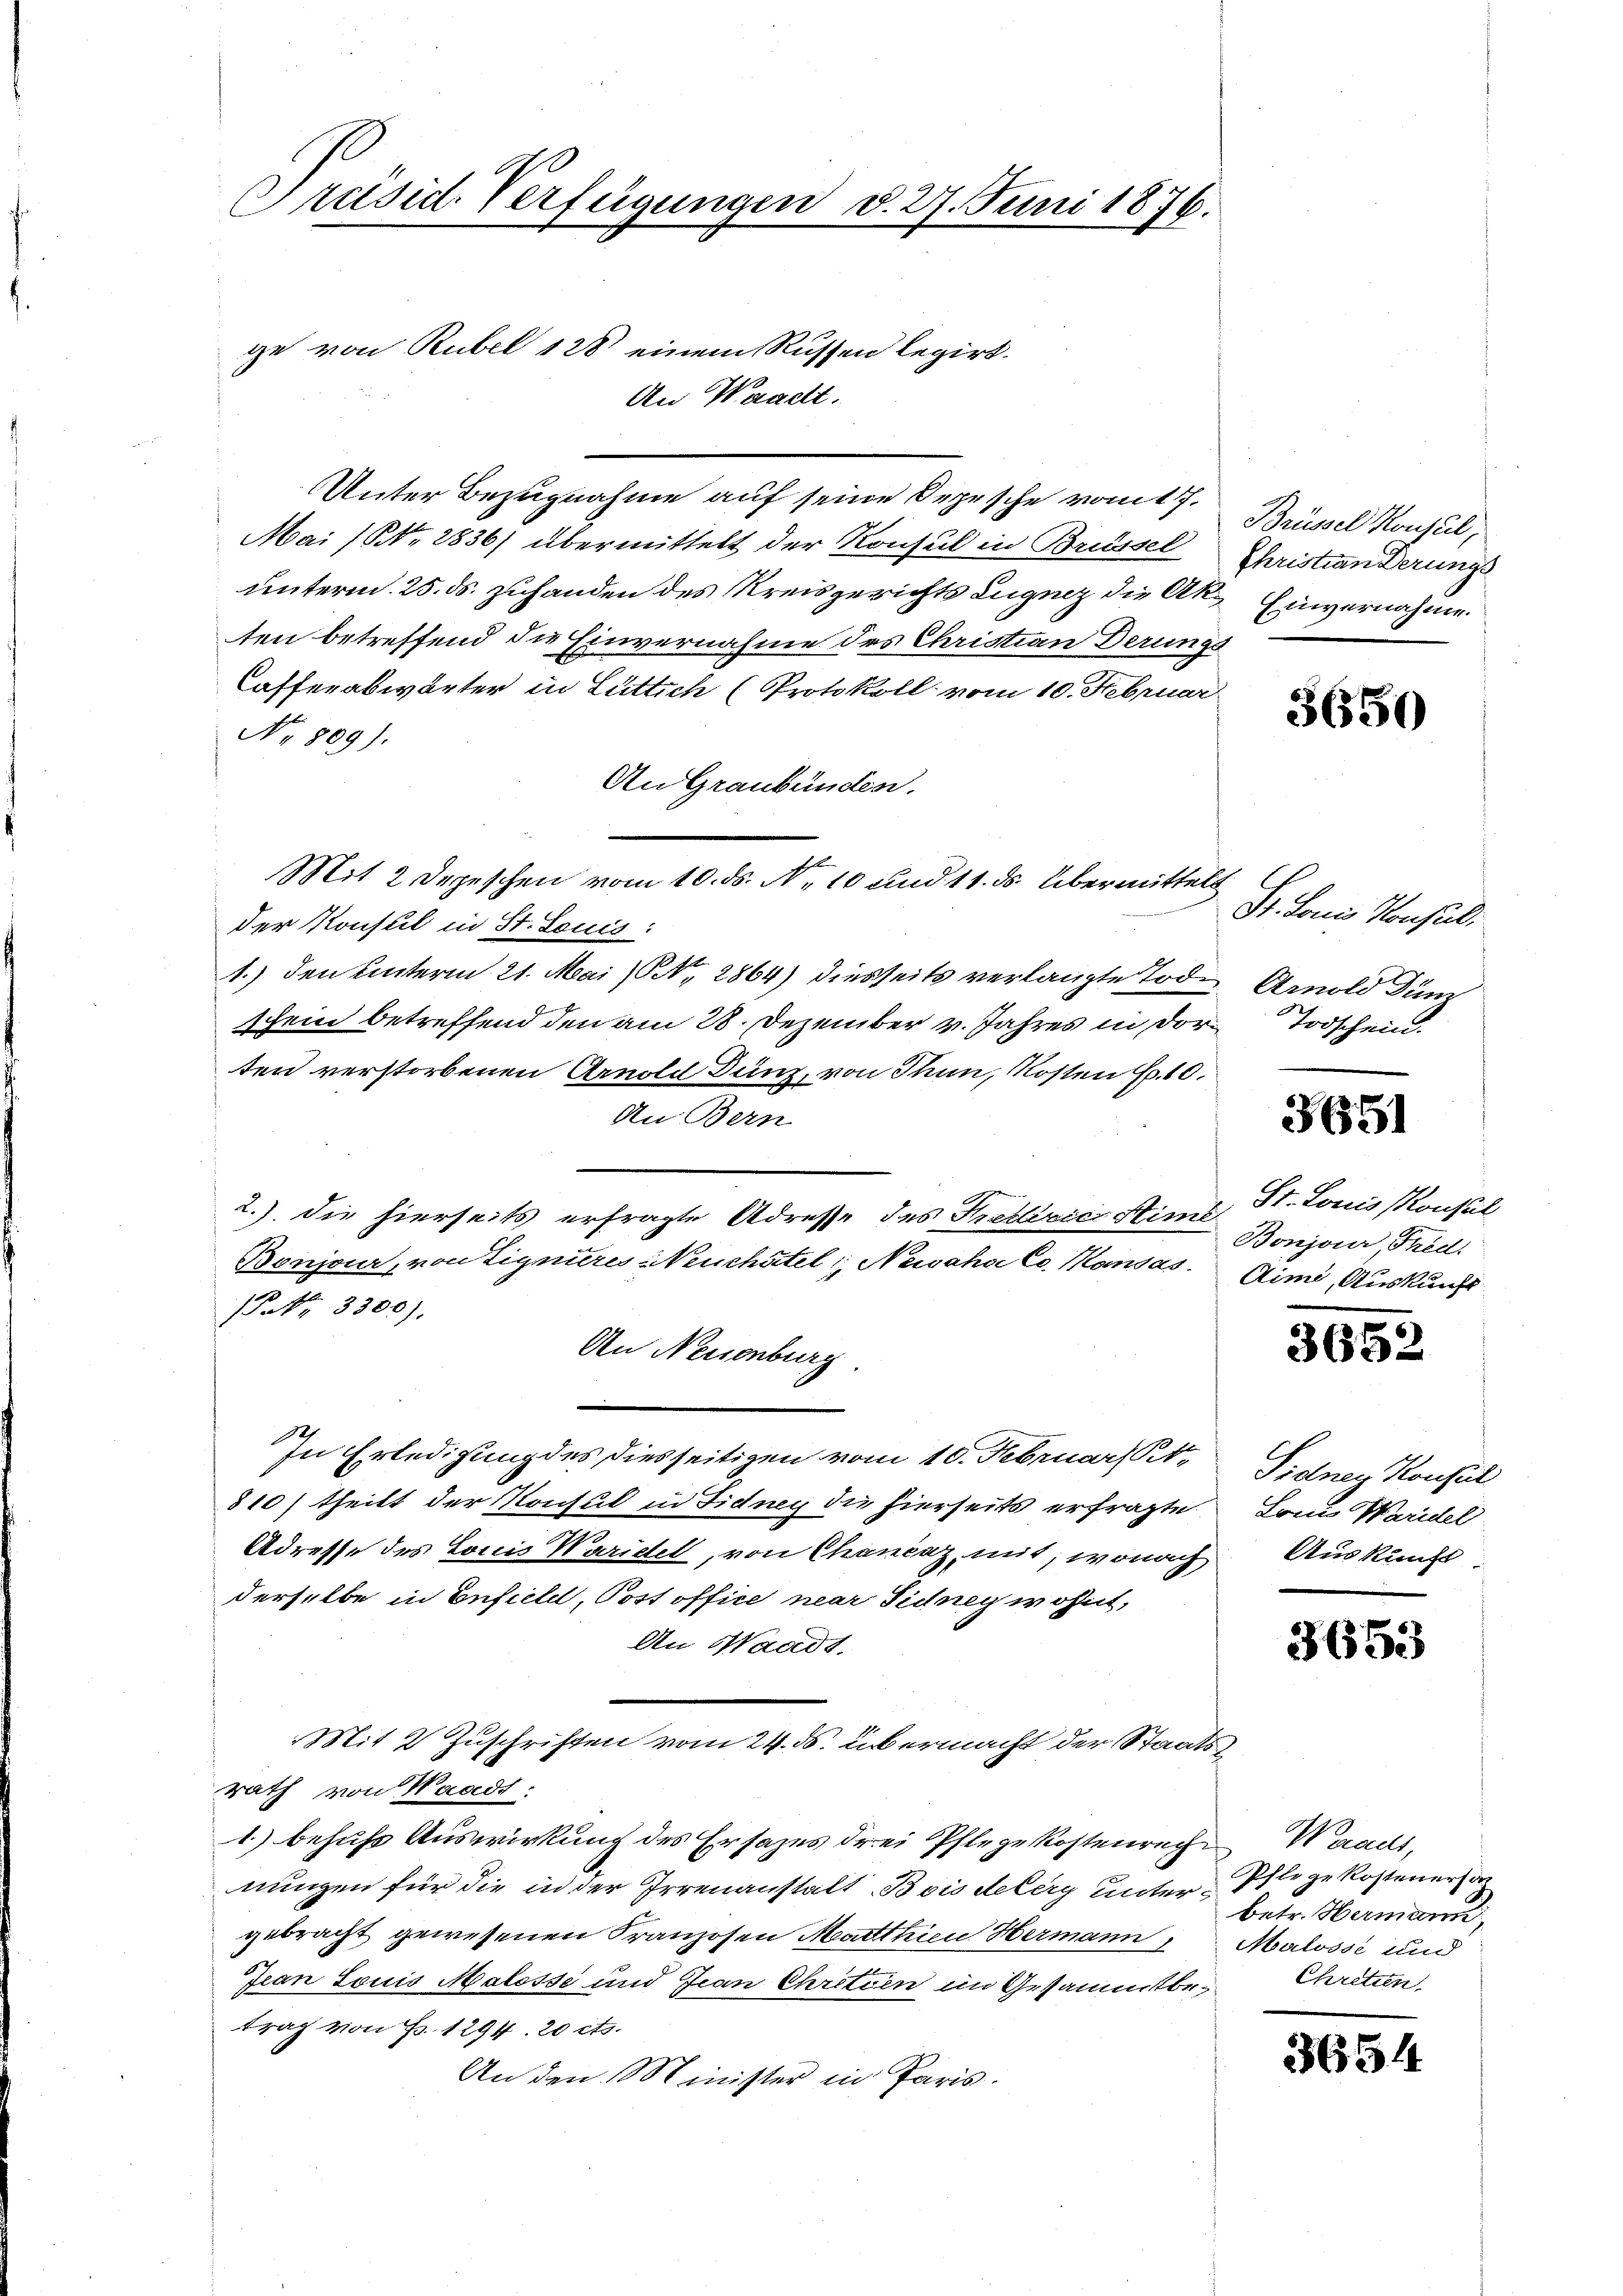
Präsid. Verfügungen d. 27. Juni 1876.

ge von Rubel 188 einem Russen legirt.
An Waadt.
Unter Bezugnahme auf seine Depesche vom 17.
Mai (NNo. 2836) übermittelt der Konsul in Brüssel
unterm 25. ds. zuhanden des Kreisgerichts Luginz die Akten betreffend die Einvernahme des Christian Derungs
Cafferabwärter in Luttich (Protokoll vom 10. Februar
No 809).
An Graubünden.
der Konsul in St. Louis:
1.) den unterm 21. Mai (N. 2864) diesseits verlangte Tode
schein betreffend den am 28. Dezember v. Jahres in dorten verstorbenen Arnold Dunz, von Thun, Kosten S. 10.
An Bern
2.). Die hierseits erfragte Adresse des Freilivics Hims, St. Louis Konsul
Bonjour, von Lignieres Meuchâtel Neiaha Co. Mansas
Prk. 3300),
An Neisenburg
In Erledigung des diesseitigen vom 10. Februar St
810) theilt der Konsul in Fidney die hierseits erfragte
Adresse des Louis Waridel, von Chancaz, mit, wonach
derselbe in Enfield, Post office neur Sidney wohnt,
An Waadt.
Mit 2 Zuschriften vom 24. ds. übermacht der Staatsrath von Waadt:
1.) behufs Auswirkung des Ersatzes drei Pflegekostenreche Waadt,
nungen für die in der Irrenanstalt. Bois deberg unter Pflege kostenera
gebracht gewesenen Franzosen Marthien Hermann
Jean Louis Malosse und Jean Chretien im Gesammtbetrag von Fr. 1294. 20 cts.
An den Minister in Paris.

Mit 2 Depeschen vom 10. ds. N. 10 und 11. ds. Übermittels

Brüssel Konsul,
Christianderungs
Einvernahme.

3650

Dr. Louis Konsil.
Arnold Dum
Todschein.

3651

Bonjour, Fred.
Aimi, Auskunft

3652

Fidney Konsul
Lones Waridel
Auskunft

3653

betr. Hermann,
Malosse und
Chretten,

3654